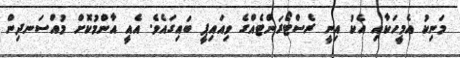
މަނިކު އެމީހަކާއި އެކު އިނީ ރެސްޓޯރަންޓެއްގެ ވިއައިޕީ ބައިގައެވެ. އެއީ އާންމުކޮށް މުއްސަނދިން